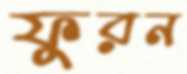
ফুরন